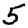
Digit: 5